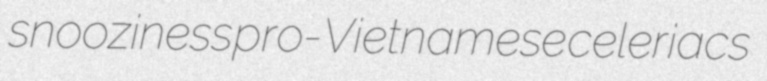
snooziness pro-Vietnamese celeriacs